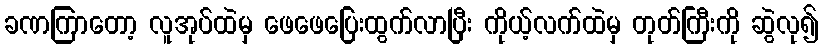
ခဏကြာတော့ လူအုပ်ထဲမှ ဖေဖေပြေးထွက်လာပြီး ကိုယ့်လက်ထဲမှ တုတ်ကြီးကို ဆွဲလု၍